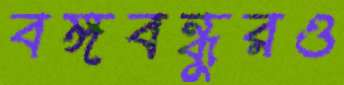
বঙ্গবন্ধুরও